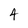
Character: 4